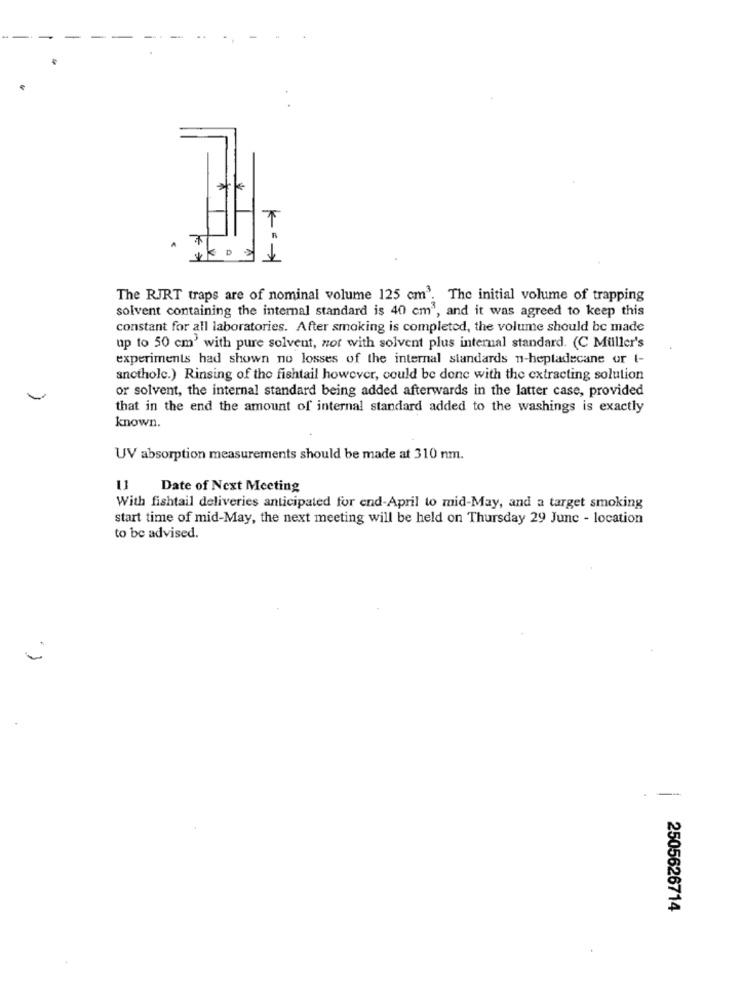
7
The RJRT traps are of nominal volume 125 cm3. The initial volume of trapping
solvent containing the internal standard is 40 cm', and it was agreed to keep this
constant for all laboratories. After smoking is completed, the volume should be made
up to 50 cm' with pure solvent, not with solvent plus internal standard. (C Müller's
experiments had shown no losses of the internal standards n-heptadecane or t-
anotholc.) Rinsing of the fishtail however, could be done with the extracting solution
or solvent, the internal standard being added afterwards in the latter case, provided
that in the end the amount of internal standard added to the washings is exactly
known.
UV absorption measurements should be made at 310 nm.
Date of Next Meeting
With fishtail deliveries anticipated for end-April to mid-May, and a target smoking
start time of mid-May, the next meeting will be held on Thursday 29 June - location
to be advised.
- -
2505626714